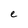
Character: e